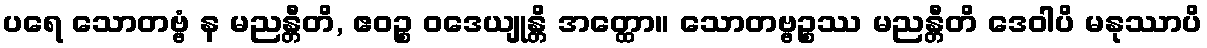
ပရေ သောတဗ္ဗံ န မညန္တီတိ, ဧဝဉ္စ ဝဒေယျုန္တိ အတ္ထော။ သောတဗ္ဗဉ္စဿ မညန္တီတိ ဒေဝါပိ မနုဿာပိ